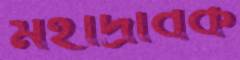
মহাদ্রাবক